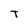
Character: T